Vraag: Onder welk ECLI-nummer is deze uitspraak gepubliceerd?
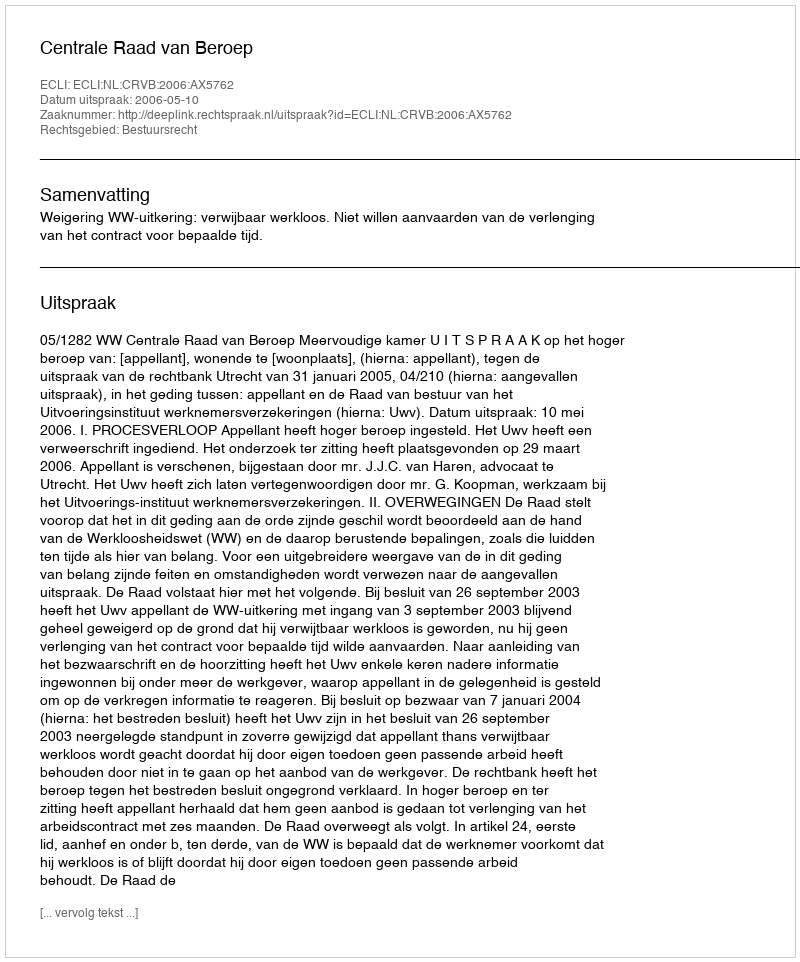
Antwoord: ECLI:NL:CRVB:2006:AX5762